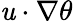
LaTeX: \mathit{u}\cdot\nabla\theta